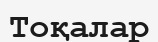
Тоқалар